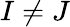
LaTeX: I\neq J